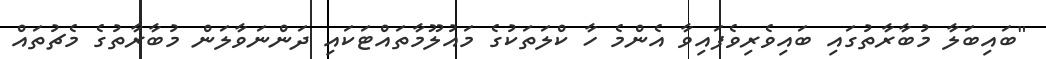
"ބައިބަލާ މުބާރާތުގައި ބައިވެރިވެފައިވާ އެންމެ ހާ ކްލަތަކުގެ މައުލޫމާތައްޓަކައި ދަންނަވާލަން މުބާރާތުގެ މެޗުތައް